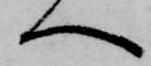
へ